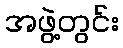
အဖွဲ့တွင်း